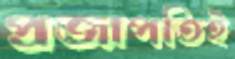
প্রজাপতিই